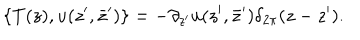
\{ T ( z ) , u ( z ^ { \prime } , \bar { z } ^ { \prime } ) \} = - \partial _ { z ^ { \prime } } u ( z ^ { \prime } , \bar { z } ^ { \prime } ) \delta _ { 2 \pi } ( z - z ^ { \prime } ) .